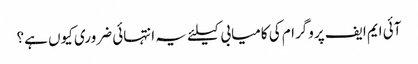
آئی ایم ایف پروگرام کی کامیابی کیلئے یہ انتہائی ضروری کیوں ہے؟